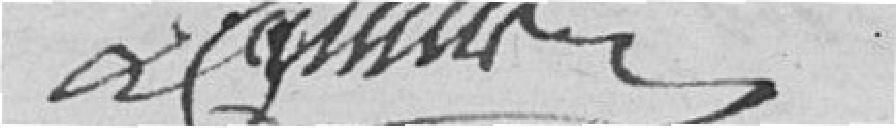
Comte Betolli